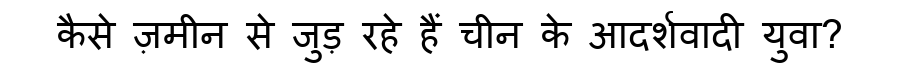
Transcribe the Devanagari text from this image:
कैसे ज़मीन से जुड़ रहे हैं चीन के आदर्शवादी युवा?